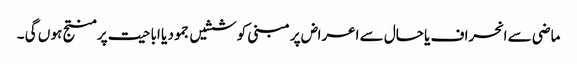
ماضی سے انحراف یا حال سے اعراض پر مبنی کوششیں جمود یا اباحیت پر منتج ہو ں گی ۔